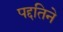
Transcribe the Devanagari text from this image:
पद्दतिने